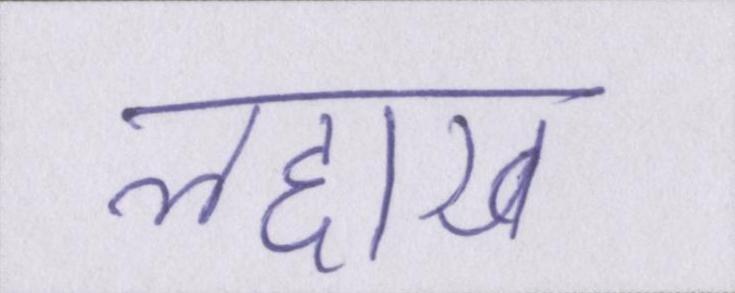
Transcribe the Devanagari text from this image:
लद्दाख